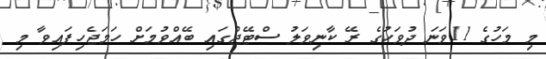
މި މަހުގެ 11ވަނަ ދުވަހުގެ ރޭ ކާނިވަލު ސްޓޭޖްގައި ބޭއްވުމަށް ހަމަޖެހިފައިވާ މި